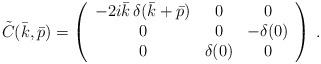
LaTeX: \begin{align*}\tilde C(\bar k,\bar p)=\left(\begin{array}{ccc}-2i\bar k\,\delta(\bar k+\bar p)&0&0\\0&0&-\delta(0)\\0&\delta(0)&0\end{array}\right)\,.\end{align*}